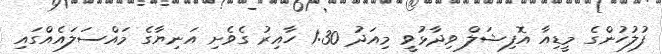
ފުލުހުންގެ މީޑިއާ އޮފިޝަލް ވިދާޅުވީ މިއަދު 1:30 ހާއިރު ގެވެށި އަނިޔާގެ މައްސަލައެއްގައި